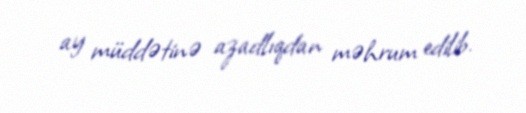
ay müddətinə azadlıqdan məhrum edilib.